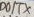
Text: D0/TX